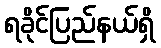
ရခိုင်ပြည်နယ်ရှိ